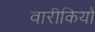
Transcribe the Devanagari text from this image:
वारीकियों